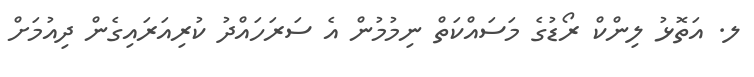
ލ. އަތޮޅު ލިންކް ރޯޑުގެ މަސައްކަތް ނިމުމުން އެ ސަރަހައްދު ކުރިއަރައިގެން ދިއުމަށް